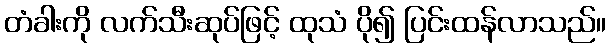
တံခါးကို လက်သီးဆုပ်ဖြင့် ထုသံ ပို၍ ပြင်းထန်လာသည်။